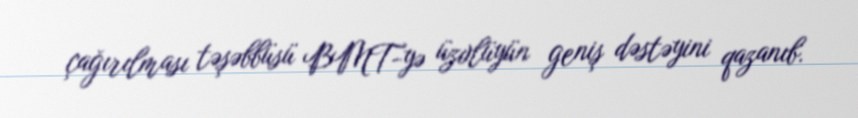
çağırılması təşəbbüsü BMT-yə üzvlüyün geniş dəstəyini qazanıb.